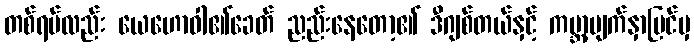
တစ်ရပ်လည်း ယေဟောဝါ၏ခေတ် ညည်းနေတော့၏ ဒီဂျစ်တယ်နှင့် ကမ္ဘာ့မျက်နှာပြင်မှ